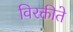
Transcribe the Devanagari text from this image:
विरक्तीते